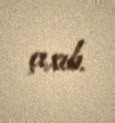
çıxıb.